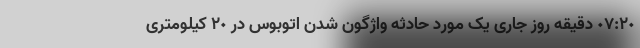
٠٧:٢٠ دقیقه روز جاری یک مورد حادثه واژگون شدن اتوبوس در ٢٠ کیلومتری